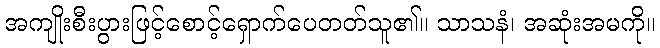
အကျိုးစီးပွားဖြင့်စောင့်ရှောက်ပေတတ်သူ၏။ သာသနံ၊ အဆုံးအမကို။